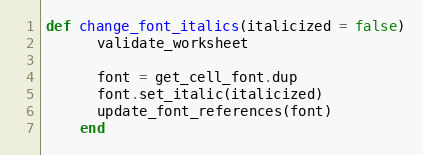
Language: Ruby
def change_font_italics(italicized = false)
      validate_worksheet

      font = get_cell_font.dup
      font.set_italic(italicized)
      update_font_references(font)
    end